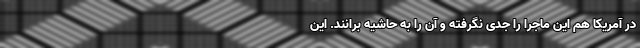
در آمریکا هم این ماجرا را جدی نگرفته و آن را به حاشیه برانند. این